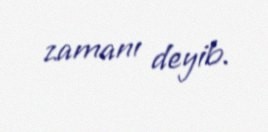
zamanı deyib.